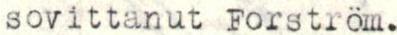
sovittanut Forström.